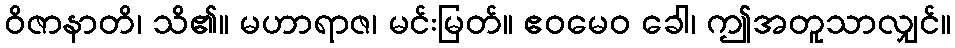
ဝိဇာနာတိ၊ သိ၏။ မဟာရာဇ၊ မင်းမြတ်။ ဧဝမေဝ ခေါ၊ ဤအတူသာလျှင်။